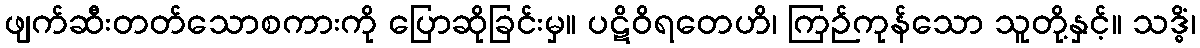
ဖျက်ဆီးတတ်သောစကားကို ပြောဆိုခြင်းမှ။ ပဋိဝိရတေဟိ၊ ကြဉ်ကုန်သော သူတို့နှင့်။ သဒ္ဓိံ၊